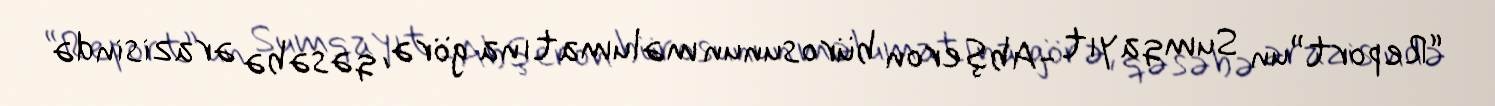
“Report”un Sumqayıt -Abşeron bürosunun məlumatına görə, qəsəbə ərazisində